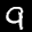
Label: 9